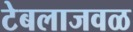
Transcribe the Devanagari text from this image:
टेबलाजवळ